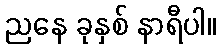
ညနေ ခုနှစ် နာရီပါ။